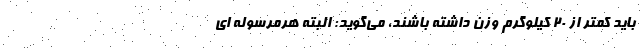
باید کمتر از ۲۰ کیلوگرم وزن داشته باشند، می‌گوید: البته هرمرسوله ای